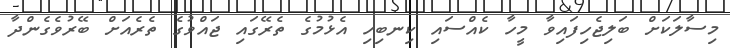
މިސާލަކަށް ބަލިޖެހިފައިވާ މީހާ ކެއްސައި ކިނބިހި އެޅުމުގެ ތެރޭގައި ޖައްވުގެ ތެރެއަށް ބޭރުވެގެންދާ